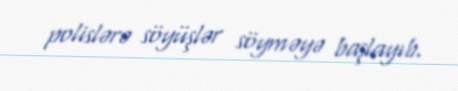
polislərə söyüşlər söyməyə başlayıb.